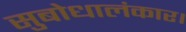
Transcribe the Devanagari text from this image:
सुबोधालंकार।